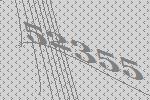
52355